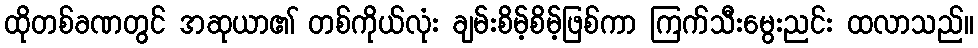
ထိုတစ်ခဏတွင် အဆုယာ၏ တစ်ကိုယ်လုံး ချမ်းစိမ့်စိမ့်ဖြစ်ကာ ကြက်သီးမွေးညင်း ထလာသည်။